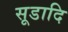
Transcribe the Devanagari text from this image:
सूडादि